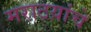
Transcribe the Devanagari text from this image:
मराठय़ांचे